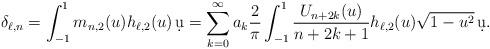
LaTeX: \begin{align*} \delta_{\ell,n} = \int_{-1}^1 m_{n,2}(u) h_{\ell,2}(u) \,\d u & = \sum_{k=0}^\infty a_k \frac2 {\pi} \int_{-1}^1 \frac{U_{n+2k}(u)}{n+2k+1} h_{\ell,2}(u) \sqrt{1-u^2} \,\d u.\end{align*}